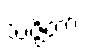
သဇ္ဇိတာ